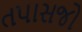
તપાસજો